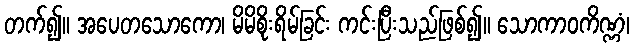
တက်၍။ အပေတသောကော၊ မိမိစိုးရိမ်ခြင်း ကင်းပြီးသည်ဖြစ်၍။ သောကာဝကိဏ္ဏံ၊